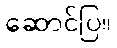
ဆောင်ပြ။